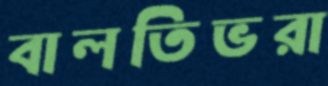
বালতিভরা